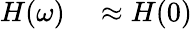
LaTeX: \begin{array}{r}{\begin{array}{rl}{H(\omega)}&{{}\approx H(0)}\end{array}}\end{array}